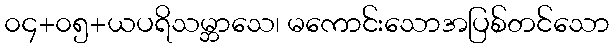
၀၄+၀၅+ယပရိသမ္ဘာသေ၊ မကောင်းသောအပြစ်တင်သော